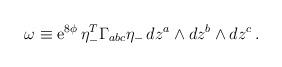
LaTeX: \begin{align*}\omega \equiv {\rm e}^{8 \phi}\, \eta_-^T \Gamma_{abc} \eta_- \, dz^a \wedge dz^b \wedge dz^c\,.\end{align*}